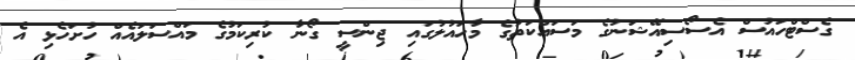
ގެސްޓްހައުސް އެސޯސިއޭޝަނުގެ މަސައްކަތުގެ މާހައުލުގައި ޖިންސީ ގޯނާ ކުރިކަމުގެ މައްސަލައެއް ހުށަހެޅި އެ